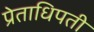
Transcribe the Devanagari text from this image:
प्रेताधिपती